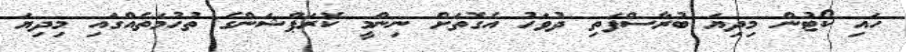
ހައި ކޯޓުން މިދިޔަ ބުރާސްފަތި ދުވަހު އެގޮތަށް ނިންމީ ކޮރަޕްޝަންގެ ތުހުމަތެއްގައި މިދިޔަ